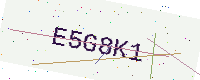
Text: E5G8K1